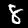
Label: 8